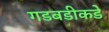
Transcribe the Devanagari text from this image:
गडबडीकडे